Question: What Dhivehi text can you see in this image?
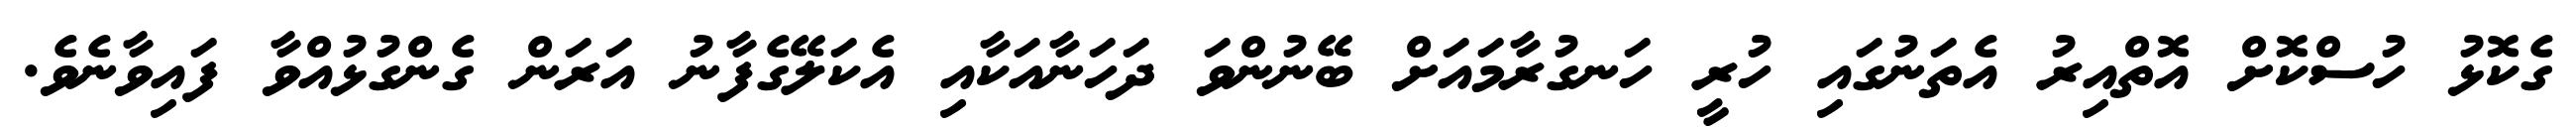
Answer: ގެކޮޅު ހުސްކޮށް އޮތްއިރު އެތަނުގައި ހުރީ ހަނގުރާމައަށް ބޭނުންވަ ދަހަނާއަކާއި އެކަލޭގެފާނު އަރަން ގެންގުޅުއްވާ ފައިވާނެވެ.